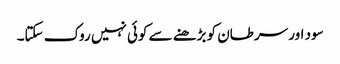
سود اور سرطان کو بڑھنے سے کوئی نہیں روک سکتا۔